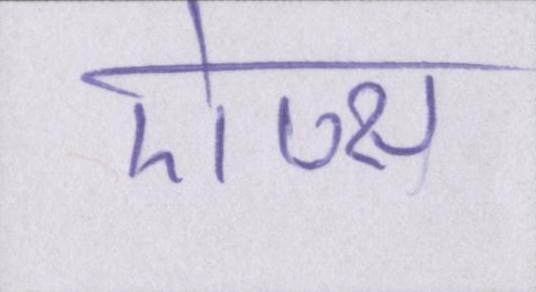
ऐप्स